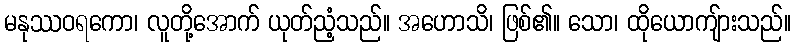
မနုဿဝရကော၊ လူတို့အောက် ယုတ်ညံ့သည်။ အဟောသိ၊ ဖြစ်၏။ သော၊ ထိုယောကျ်ားသည်။